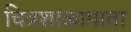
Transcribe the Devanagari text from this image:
चित्रशाळामाता